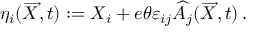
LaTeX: \eta _ { i } ( \overrightarrow { X } , t ) : = X _ { i } + e \theta \varepsilon _ { i j } \widehat { A } _ { j } ( \overrightarrow { X } , t ) \, .